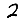
Digit: 2